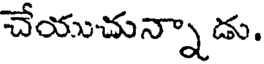
చేయుచున్నా డు.